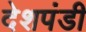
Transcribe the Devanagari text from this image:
देशपंडी